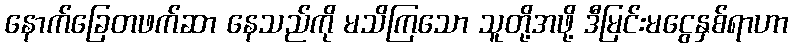
နောက်ခြေတဖက်ဆာ နေသည်ကို မသိကြသော သူတို့အဖို့ ဒီမြင်းမငွေနှစ်ရာဟာ